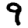
Digit: 9